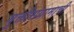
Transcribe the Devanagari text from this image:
मुक्तीसंग्रामाची